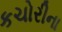
કચોરીના